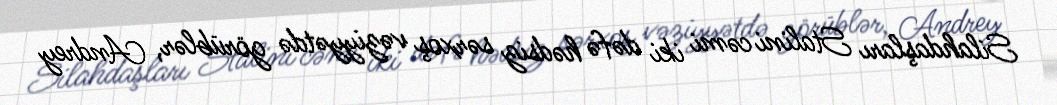
Silahdaşları Stalini cəmi iki dəfə hədsiz sərxoş vəziyyətdə görüblər, Andrey